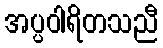
အပ္ပဝါရိတသညီ